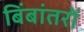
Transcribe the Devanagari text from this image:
बिंबांतरों